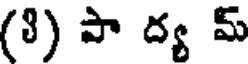
(8) పా ద్య మ్